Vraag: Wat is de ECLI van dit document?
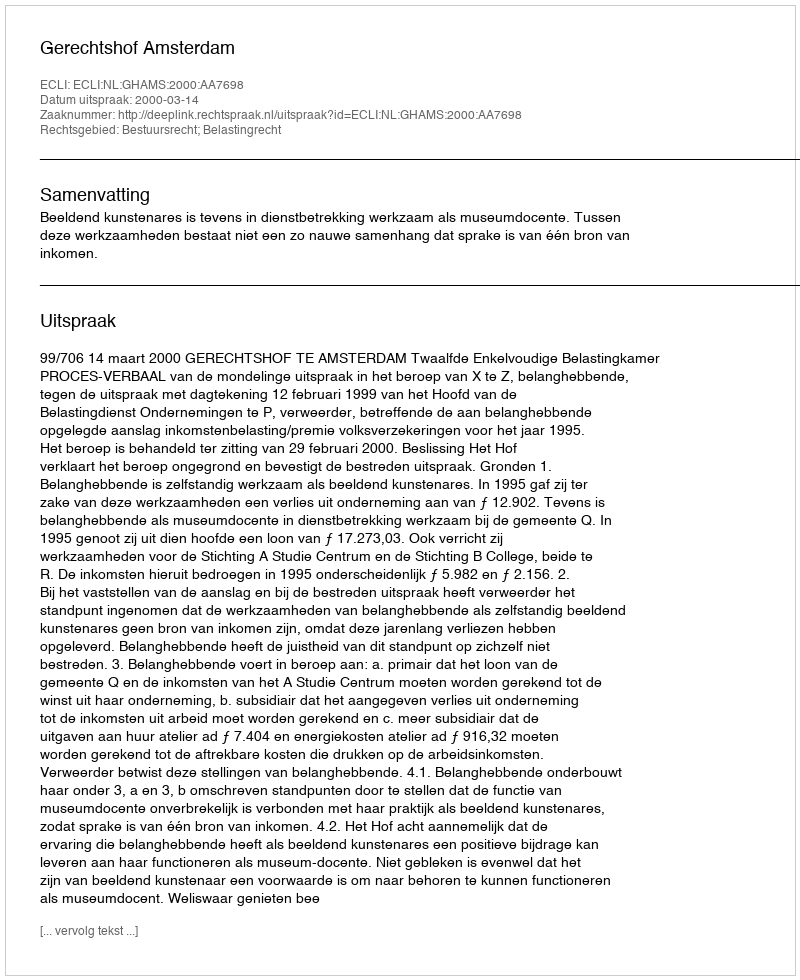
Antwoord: ECLI:NL:GHAMS:2000:AA7698